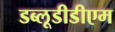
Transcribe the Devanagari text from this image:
डब्लूडीडीएम